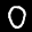
Label: 0